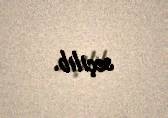
seçilib.